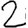
Digit: 2